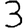
Digit: 3